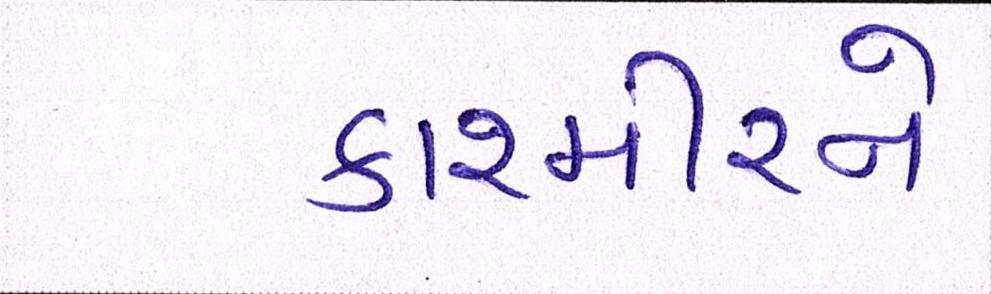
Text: કાશ્મીરને